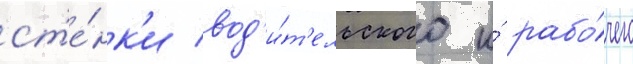
ст'е́нк'и вод'и́т'ельского и́ рабо́чего